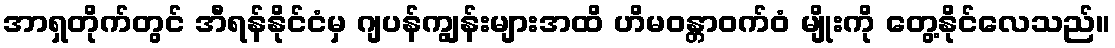
အာရှတိုက်တွင် အီရန်နိုင်ငံမှ ဂျပန်ကျွန်းများအထိ ဟိမဝန္တာဝက်ဝံ မျိုးကို တွေ့နိုင်လေသည်။